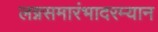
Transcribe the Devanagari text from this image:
लग्नसमारंभादरम्यान